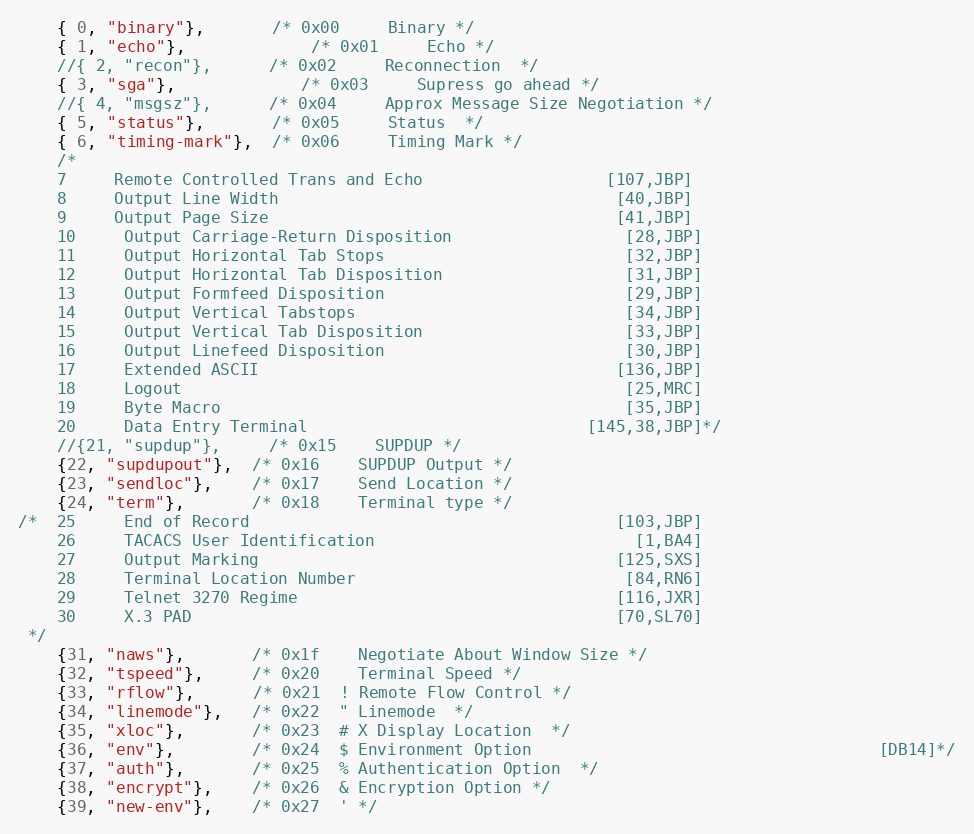
Language: C
    { 0, "binary"},       /* 0x00     Binary */
    { 1, "echo"},             /* 0x01     Echo */
    //{ 2, "recon"},      /* 0x02     Reconnection  */
    { 3, "sga"},             /* 0x03     Supress go ahead */
    //{ 4, "msgsz"},      /* 0x04     Approx Message Size Negotiation */
    { 5, "status"},       /* 0x05     Status  */
    { 6, "timing-mark"},  /* 0x06     Timing Mark */
    /*
    7     Remote Controlled Trans and Echo                   [107,JBP]
    8     Output Line Width                                   [40,JBP]
    9     Output Page Size                                    [41,JBP]
    10     Output Carriage-Return Disposition                  [28,JBP]
    11     Output Horizontal Tab Stops                         [32,JBP]
    12     Output Horizontal Tab Disposition                   [31,JBP]
    13     Output Formfeed Disposition                         [29,JBP]
    14     Output Vertical Tabstops                            [34,JBP]
    15     Output Vertical Tab Disposition                     [33,JBP]
    16     Output Linefeed Disposition                         [30,JBP]
    17     Extended ASCII                                     [136,JBP]
    18     Logout                                              [25,MRC]
    19     Byte Macro                                          [35,JBP]
    20     Data Entry Terminal                             [145,38,JBP]*/
    //{21, "supdup"},     /* 0x15    SUPDUP */
    {22, "supdupout"},  /* 0x16    SUPDUP Output */
    {23, "sendloc"},    /* 0x17    Send Location */
    {24, "term"},       /* 0x18    Terminal type */
/*  25     End of Record                                      [103,JBP]
    26     TACACS User Identification                           [1,BA4]
    27     Output Marking                                     [125,SXS]
    28     Terminal Location Number                            [84,RN6]
    29     Telnet 3270 Regime                                 [116,JXR]
    30     X.3 PAD                                            [70,SL70]
 */
    {31, "naws"},       /* 0x1f    Negotiate About Window Size */
    {32, "tspeed"},     /* 0x20    Terminal Speed */
    {33, "rflow"},      /* 0x21  ! Remote Flow Control */
    {34, "linemode"},   /* 0x22  " Linemode  */
    {35, "xloc"},       /* 0x23  # X Display Location  */
    {36, "env"},        /* 0x24  $ Environment Option                                    [DB14]*/
    {37, "auth"},       /* 0x25  % Authentication Option  */
    {38, "encrypt"},    /* 0x26  & Encryption Option */
    {39, "new-env"},    /* 0x27  ' */